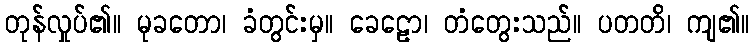
တုန်လှုပ်၏။ မုခတော၊ ခံတွင်းမှ။ ခေဠော၊ တံတွေးသည်။ ပတတိ၊ ကျ၏။